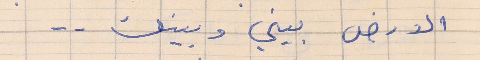
الارض بيني وبينك . .